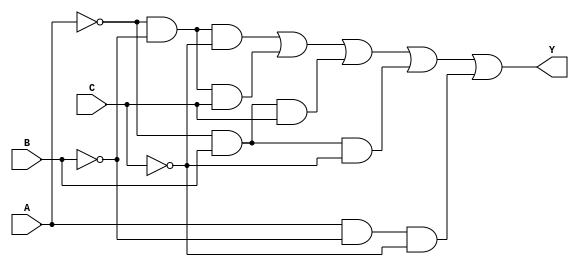
module KMap_3Variable (
    input wire A, // Input A
    input wire B, // Input B
    input wire C, // Input C
    output wire Y // Output Y
);

    // The simplified Boolean expression derived from the K-map:
    // For the provided K-map:
    // Row A=0: (B'C' + B'C + BC)
    // Row A=1: (B'C')
    wire A_not = ~A; // NOT A
    wire B_not = ~B; // NOT B
    wire C_not = ~C; // NOT C

    // Implement the K-map logic
    assign Y = (A_not & B_not & C_not) | // A=0, B=0, C=0
               (A_not & B_not & C)   | // A=0, B=0, C=1
               (A_not & B & C)       | // A=0, B=1, C=1
               (A_not & B & C_not)   | // A=0, B=1, C=0
               (A & B_not & C_not);   // A=1, B=0, C=0

endmodule